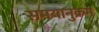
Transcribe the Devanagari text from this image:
समयानुक्रम